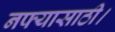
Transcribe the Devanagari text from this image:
नफ्यासाठी।